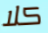
كلا